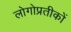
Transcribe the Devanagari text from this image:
लोगोप्रतीकों